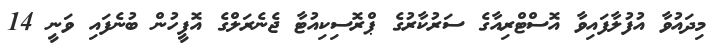
މިދައުވާ އުފުލާފައިވާ އޮސްޓްރިއާގެ ސަރުކާރުގެ ޕްރޮސިކިއުޓާ ޖެނެރަލްގެ އޮފީހުން ބުނެފައި ވަނީ 14